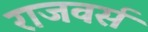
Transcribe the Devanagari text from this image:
राजवर्स